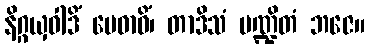
နိဂ္ဂယှဝါဒိံ မေဓာဝိံ၊ တာဒိသံ ပဏ္ဍိတံ ဘဇေ။